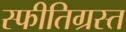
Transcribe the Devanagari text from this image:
स्फीतिग्रस्त